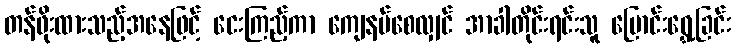
တန်ဖိုးထားသည့်အနေဖြင့် ငေးကြည့်ကာ ကျေနပ်စေလျှင် အာခါတိုင်းရင်းသူ ပြောင်းရွှေ့ခြင်း